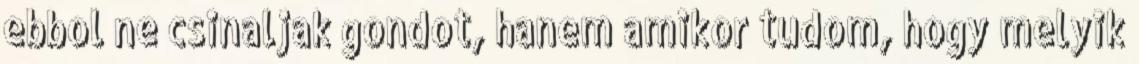
ebbol ne csinaljak gondot, hanem amikor tudom, hogy melyik